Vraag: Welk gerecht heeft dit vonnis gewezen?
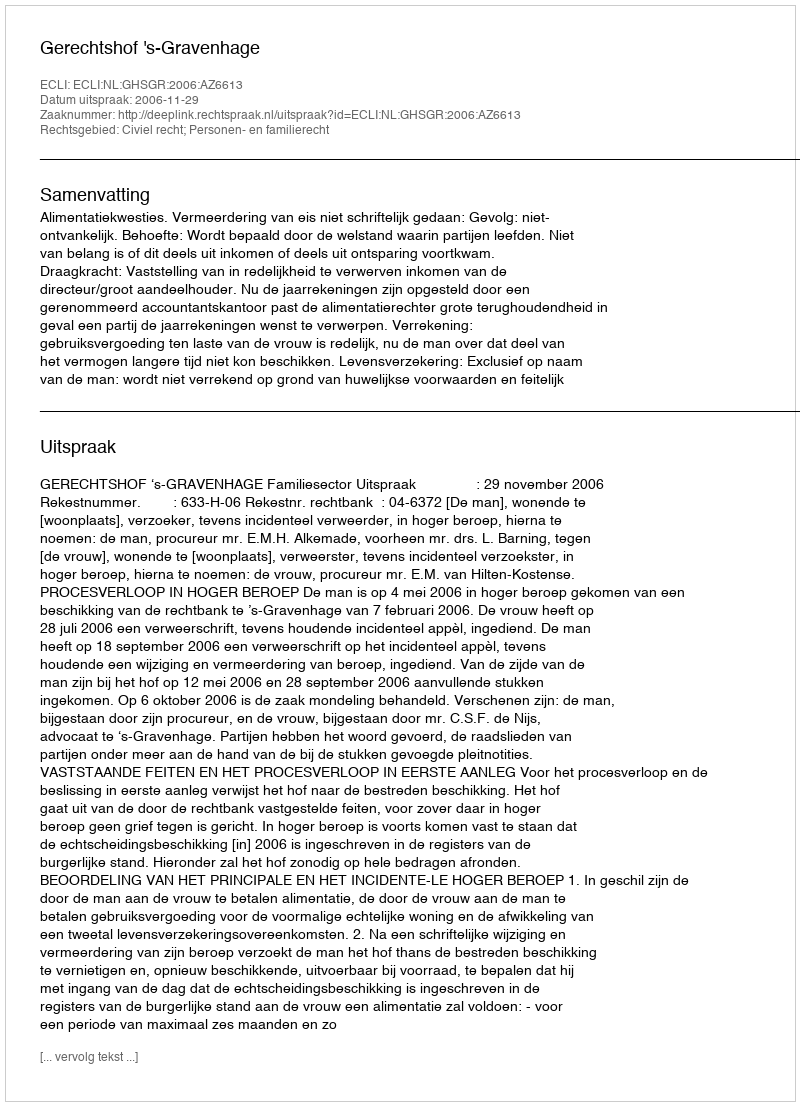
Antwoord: Gerechtshof 's-Gravenhage